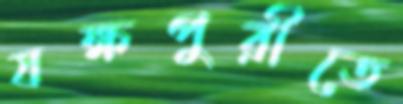
যক্ষপুরীতে